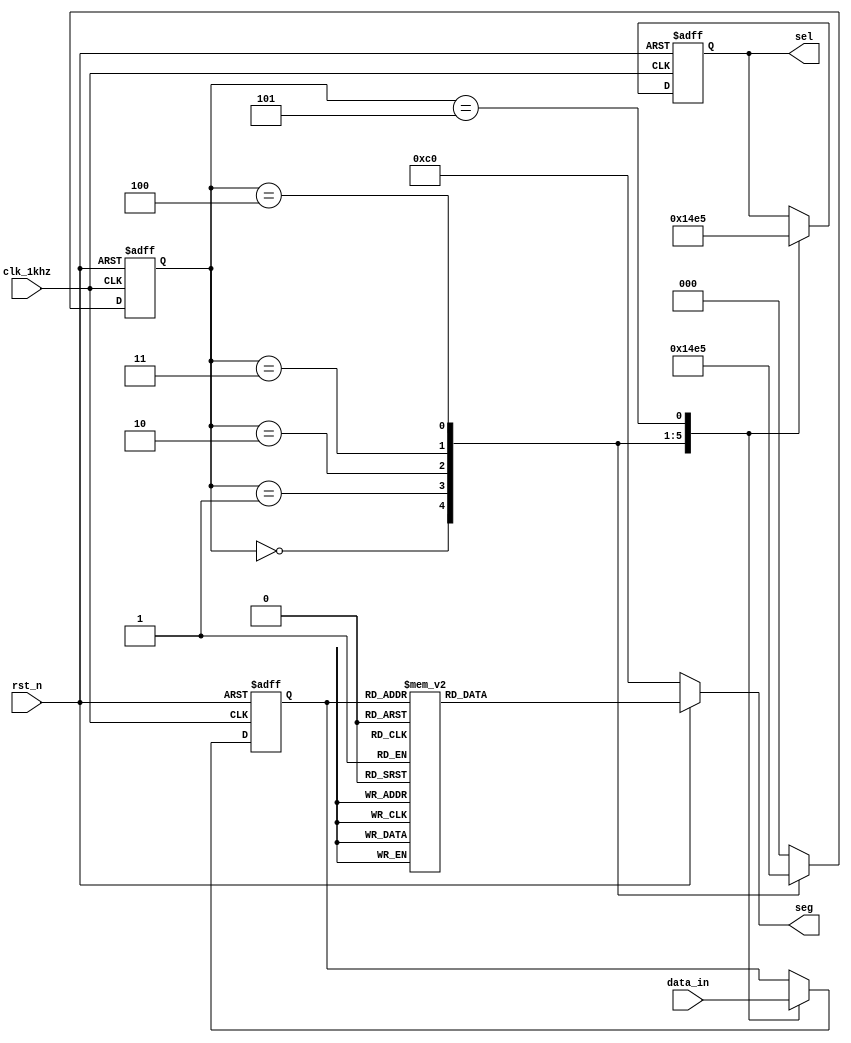
module seg7(clk_1khz,rst_n,data_in,sel,seg);
	
	input clk_1khz;  //1KHZ
	input rst_n;  //
	input [23:0] data_in;  //4
	
	output reg [2:0] sel;  //
	output reg [7:0] seg;  //
	
	/*************************************************/
	reg [2:0] state;  //
	reg [3:0] temp;  //
	
	`define s0 3'b000  //6,
	`define s1 3'b001
	`define s2 3'b010
	`define s3 3'b011
	`define s4 3'b100
	`define s5 3'b101

	//
	always @ (posedge clk_1khz or negedge rst_n)
	begin
		if(!rst_n)  //
			begin
				state <= `s0;
				temp <= 4'd0;
				sel <= 3'd0;  
			end
		else
			begin
				case(state)
					`s0	:	begin
									sel <= 3'd0;  //
									temp <= data_in[23:20];  //
									state <= `s1;  //s1
								end
								
					`s1	:	begin
									sel <= 3'd1;  
									temp <= data_in[19:16];  
									state <= `s2;
								end
					
					`s2	:	begin
									sel <= 3'd2;  
									temp <= data_in[15:12];  
									state <= `s3;
								end
								
					`s3	:	begin
									sel <= 3'd3;  
									temp <= data_in[11:8];  
									state <= `s4;
								end
								
					`s4	:	begin
									sel <= 3'd4;  
									temp <= data_in[7:4];  
									state <= `s5;
								end
					
					`s5	:	begin
									sel <= 3'd5;  
									temp <= data_in[3:0];  
									state <= `s0;
								end
					
					default	:	state <= `s0;  //			
				endcase
			end
	end
	
	//
	always @ (*)
	begin
		if(!rst_n)
			begin
				seg = 8'b1100_0000;  //0
			end
		else
			begin
				case (temp)
					4'd0	:	seg = 8'b1100_0000;
					4'd1	:	seg = 8'b1111_1001;
					4'd2	:	seg = 8'b1010_0100;
					4'd3	:	seg = 8'b1011_0000;
					 
					4'd4	:	seg = 8'b1001_1001;
					4'd5	:	seg = 8'b1001_0010;
					4'd6	:	seg = 8'b1000_0010;
					4'd7	:	seg = 8'b1111_1000;
					 
					4'd8	:	seg = 8'b1000_0000;
					4'd9	:	seg = 8'b1001_0000;
					
					4'd10	:	seg = 8'b1000_0110;  	//"E"
					4'd11	:	seg = 8'b1010_1111;     //"R"
					4'd12	:	seg = 8'b1010_0011;     //"O"
					
					4'd13	:	seg = 8'b1010_0001;
					4'd14	:	seg = 8'b1000_0110;
					4'd15	:	seg = 8'b1000_1110;
					
					default	:	seg = 8'b1100_0000;
					
				endcase
			end
	end
	
endmodule